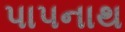
પાપનાથ